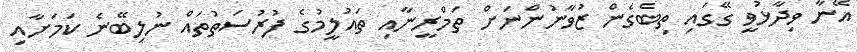
އޭނާ ވިދާޅުވީ ގޭގައި ތިބެގެން ޒުވާނުންނަށް ތަމްރީނާއި ތައުލީމުގެ ފުރުސަތުތައް ނުލިބޭނެ ކަމަށާއި